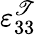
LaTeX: \varepsilon_{33}^{\mathscr{T}}